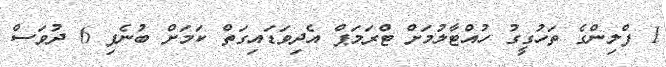
1 ފްލިންގެ ތަހުގީގު ހުއްޓާލުމަށް ޓްރަމަޕް އެދިވަޑައިގަތް ކަމަށް ބުނެފި 6 ދުވަސް